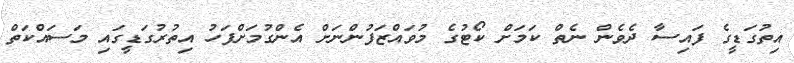
އިތުގަޑީގެ ފައިސާ ދެވެން ނެތް ކަމަށް ކޯޓުގެ މުވައްޒަފުންނަށް އެންގުމަށްފަހު އިތުރުގަޑީގައި މަސައްކަތް